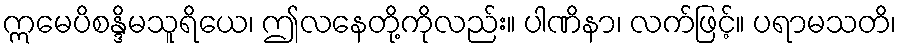
ဣမေပိစန္ဒိမသူရိယေ၊ ဤလနေတို့ကိုလည်း။ ပါဏိနာ၊ လက်ဖြင့်။ ပရာမသတိ၊